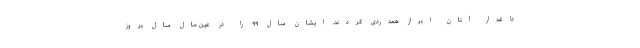
داغدار آنان ابراز همدردی کردند. ایشان سال ۹۹ را در عین حال سال بروز